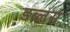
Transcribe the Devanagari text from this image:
डब्लस